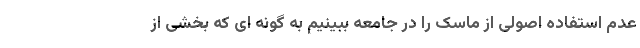
عدم استفاده اصولی از ماسک را در جامعه ببینیم به گونه ای که بخشی از